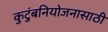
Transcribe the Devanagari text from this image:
कुटुंबनियोजनासाठी